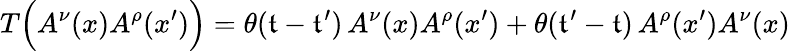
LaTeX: T\Bigl(A^{\nu}(x)A^{\rho}(x^{\prime})\Bigr)=\theta(\mathfrak{t}-\mathfrak{t}^{\prime})\, A^{\nu}(x)A^{\rho}(x^{\prime})+\theta(\mathfrak{t}^{\prime}-\mathfrak{t})\, A^{\rho}(x^{\prime})A^{\nu}(x)